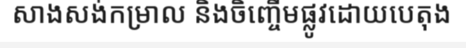
សាងសង់កម្រាល និងចិញ្ចើមផ្លូវដោយបេតុង